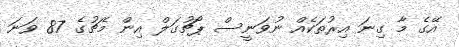
އޭގެ މާ ގިނަ އިރުތަކެއް ނުވަނީސް ޕޯޗުގަލް އިން މެޗުގެ 87 ވަނަ